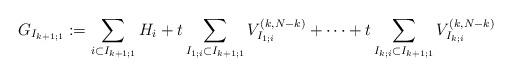
LaTeX: \begin{align*}G_{I_{k+1;1}}:=\sum_{i\subset I_{k+1;1} }H_i+t\sum_{I_{1;i} \subset I_{k+1;1}} V^{(k, N-k)}_{I_{1;i}}+\dots+t\sum_{I_{k;i}\subset I_{k+1;1}}V^{(k, N-k)}_{I_{k;i}}\end{align*}